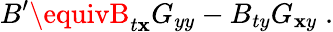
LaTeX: B^{\prime}\equivB_{t\mathbf{x}}G_{yy}-B_{ty}G_{\mathbf{x}y}\; .